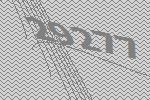
29277